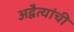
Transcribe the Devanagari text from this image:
अद्वैत्यांची